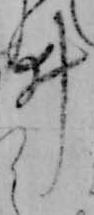
ゐ